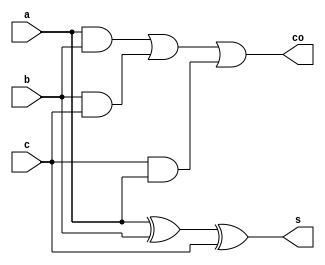
module fa(a,b,c,s,co);//1 bit fulladder
input a,b,c;
output s,co;
assign s=a^b^c;
assign co=(a&b)|(b&c)|(c&a);
endmodule